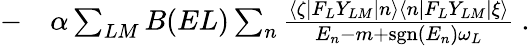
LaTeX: \begin{array}{rl}{-}&{{}\alpha\sum_{LM}B(EL)\sum_{n}\frac{\left<\zeta|F_{L}Y_{LM}|n\right>\left<n|F_{L}Y_{LM}|\xi\right>}{E_{n}-m+\mathrm{sgn}(E_{n})\omega_{L}}\ .}\end{array}